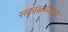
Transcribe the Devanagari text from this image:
सकाळ्च्याला